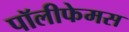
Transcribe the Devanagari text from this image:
पॉलीफेमस